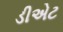
ડીએટ